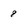
Character: 8